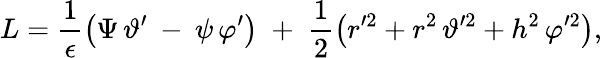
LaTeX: L=\frac{1}{\epsilon}\left(\Psi\, \vartheta^{\prime}\: -\: \psi\, \varphi^{\prime}\right)\; +\; \frac{1}{2}\left(r^{\prime 2}+r^{2}\, \vartheta^{\prime 2}+h^{2}\, \varphi^{\prime 2}\right),